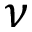
\nu